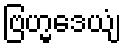
ဗြဟ္မဒေယျံ